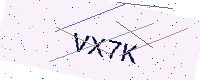
Text: VX7K